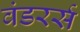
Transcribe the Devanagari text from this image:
वंडरर्स